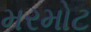
મરમોટ